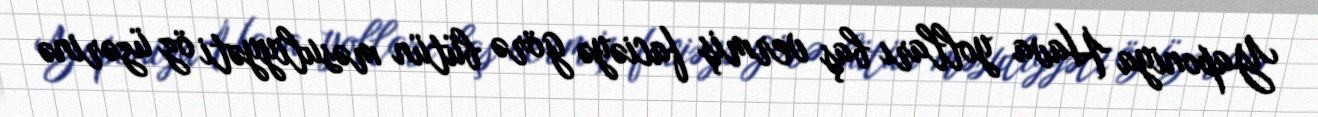
Yaponiya Hava yolları baş vermiş faciəyə görə bütün məsuliyyəti öz üzərinə